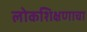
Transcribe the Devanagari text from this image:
लोकशिक्षणाचा